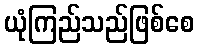
ယုံကြည်သည်ဖြစ်စေ